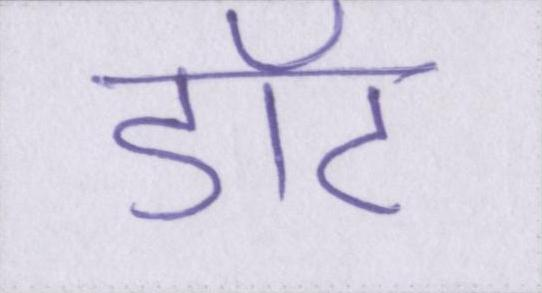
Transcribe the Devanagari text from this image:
डॉट